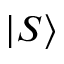
| S \rangle